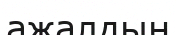
ажалдың